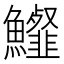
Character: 𩽍